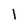
Character: l